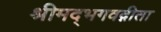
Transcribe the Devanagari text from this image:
श्रीमद्‌भगवद्गीता